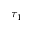
\tau _ { 1 }